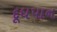
દૂધપાન